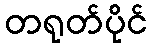
တရုတ်ပိုင်